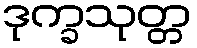
ဒုက္ခသုတ္တ